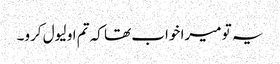
یہ تو میرا خواب تھا کہ تم او لیول کرو۔